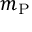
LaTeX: m _ { \mathrm { P } }